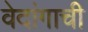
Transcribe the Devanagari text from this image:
वेदांगाची